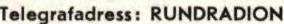
Telegrafadress: RUNDRADION